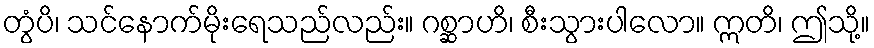
တွံပိ၊ သင်နောက်မိုးရေသည်လည်း။ ဂစ္ဆာဟိ၊ စီးသွားပါလော။ ဣတိ၊ ဤသို့။